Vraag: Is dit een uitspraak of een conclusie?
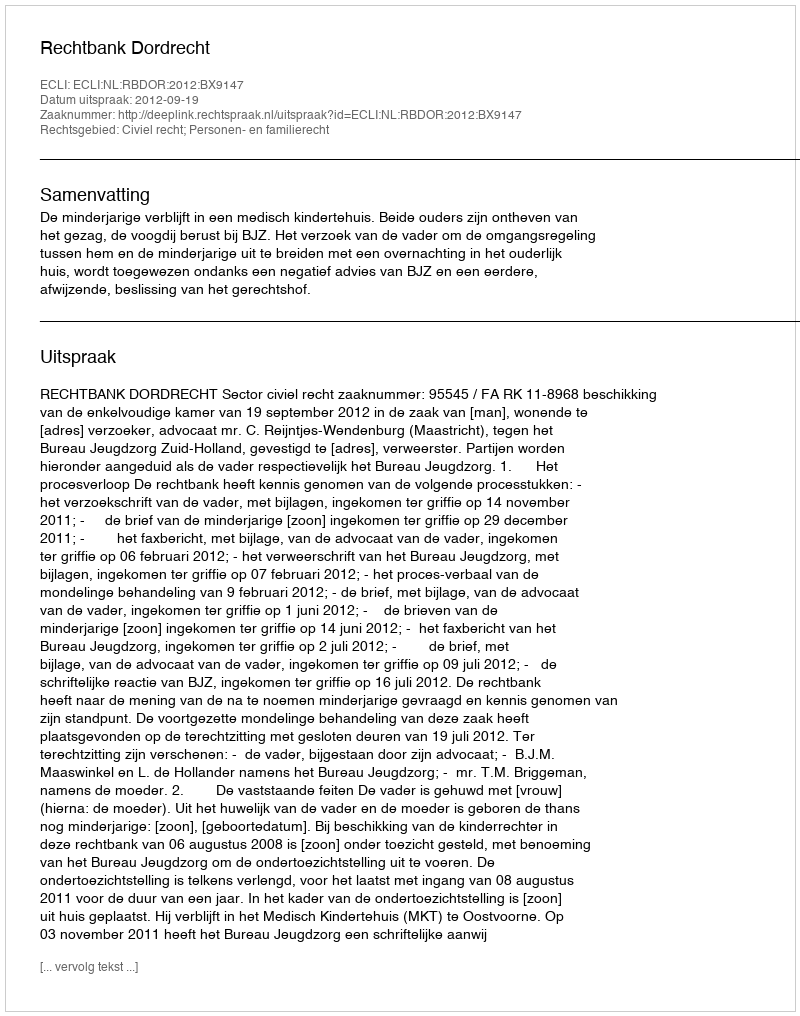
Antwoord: Uitspraak